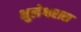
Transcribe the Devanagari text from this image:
भुलेश्वरास